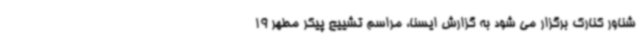
شناور کنارک برگزار می شود به گزارش ایسنا، مراسم تشییع پیکر مطهر 19